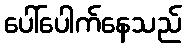
ပေါ်ပေါက်နေသည်